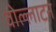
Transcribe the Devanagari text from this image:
वोल्लाटन